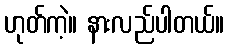
ဟုတ်ကဲ့။ နားလည်ပါတယ်။